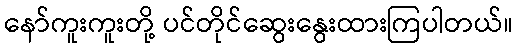
နော်ကူးကူးတို့ ပင်တိုင်ဆွေးနွေးထားကြပါတယ်။